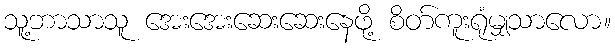
သူ့ဘာသာသူ အေးအေးဆေးဆေးနေဖို့ စိတ်ကူးရုံမျှသာလော။